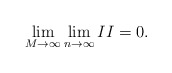
\begin{align*}\lim_{M\rightarrow\infty}\lim_{n\rightarrow\infty} II = 0 .\end{align*}